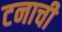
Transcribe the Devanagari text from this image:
टनाची